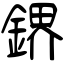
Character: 鎅